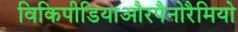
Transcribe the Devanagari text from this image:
विकिपीडियाऔरपैनोरैमियो